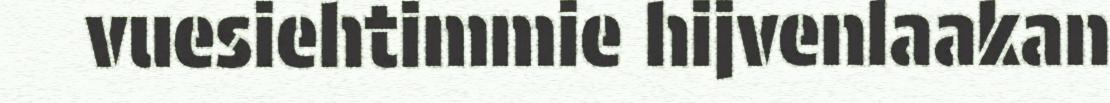
vuesiehtimmie hijvenlaakan